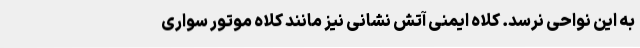
به این نواحی نرسد. کلاه ایمنی آتش نشانی نیز مانند کلاه موتور سواری